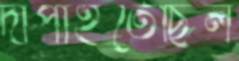
দাপাইতেছিল